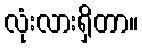
လုံးလားရှိတာ။